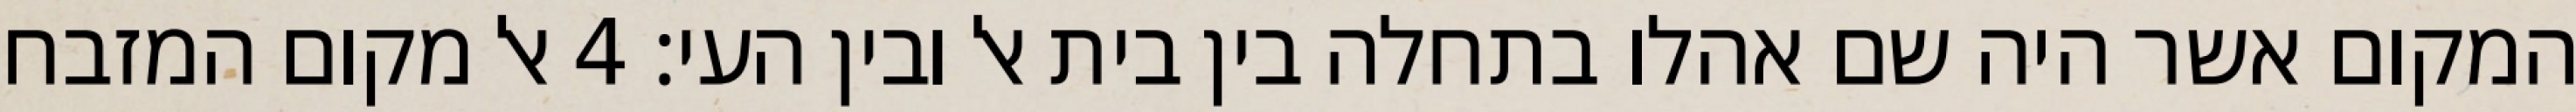
המקום אשר היה שם אהלו בתחלה בין בית אל ובין העי׃ ‎4‏ אל מקום המזבח